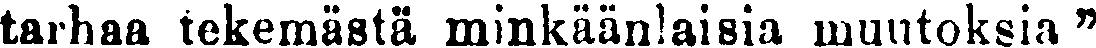
tarhaa tekemästä minkäänlaisia muutoksia ''